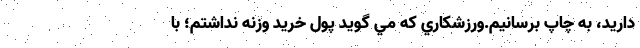
داريد، به چاپ برسانيم.ورزشكاري كه مي گويد پول خريد وزنه نداشتم؛ با